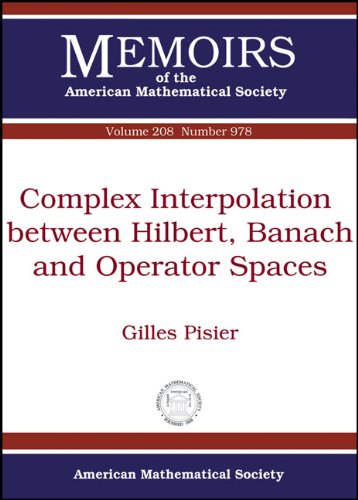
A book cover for Complex Interpolation Between Hilbert, Banach and Operator Spaces (Memoirs of the American Mathematical Society); Gilles Pisier; Science & Math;